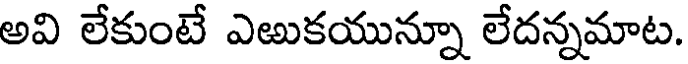
అవి లేకుంటే ఎఱుకయున్నూ లేదన్నమాట.